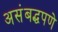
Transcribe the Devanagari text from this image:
असंबद्धपणे